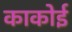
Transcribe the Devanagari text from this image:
काकोई